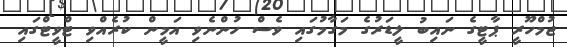
ޖުމްހޫރީ ޕާޓީގެ ނައިބު ލީޑަރުގެ މަގާމުގައި ވެސް ހުންނެވި އަމީން ކުރެއްވި ޓްވީޓްގައި